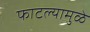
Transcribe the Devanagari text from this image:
फाटल्यामुळे